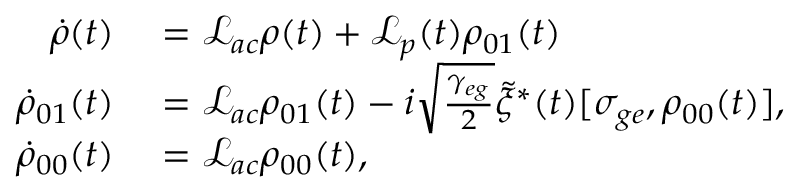
\begin{array} { r l } { \dot { \rho } ( t ) } & { { } = \mathcal { L } _ { a c } \rho ( t ) + \mathcal { L } _ { p } ( t ) \rho _ { 0 1 } ( t ) } \\ { \dot { \rho } _ { 0 1 } ( t ) } & { { } = \mathcal { L } _ { a c } \rho _ { 0 1 } ( t ) - i \sqrt { \frac { \gamma _ { e g } } { 2 } } \tilde { \xi } ^ { * } ( t ) [ \sigma _ { g e } , \rho _ { 0 0 } ( t ) ] , } \\ { \dot { \rho } _ { 0 0 } ( t ) } & { { } = \mathcal { L } _ { a c } \rho _ { 0 0 } ( t ) , } \end{array}